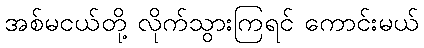
အစ်မငယ်တို့ လိုက်သွားကြရင် ကောင်းမယ်